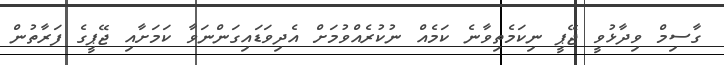
ގާސިމް ވިދާޅުވީ ޖޭޕީ ނިކަމެތިވާނެ ކަމެއް ނުކުރެއްވުމަށް އެދިވަޑައިގަންނަވާ ކަމަށާއި ޖޭޕީގެ ފަރާތުން